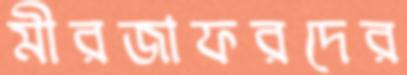
মীরজাফরদের